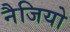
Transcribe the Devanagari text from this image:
नैजियो